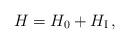
LaTeX: \begin{align*}H=H_{0}+H_{\mbox{\scriptsize I}}\,,\end{align*}